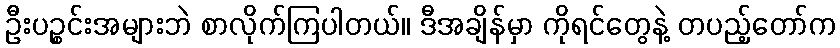
ဦးပဉ္စင်းအများဘဲ စာလိုက်ကြပါတယ်။ ဒီအချိန်မှာ ကိုရင်တွေနဲ့ တပည့်တော်က